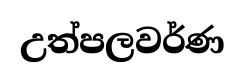
උත්පලවර්ණ